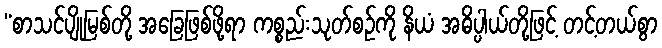
“စာသင်ပျိုမြစ်တို့ အခြေဖြစ်ဖို့ရာ ကစ္စည်းသုတ်စဉ်ကို နိယံ အဓိပ္ပါယ်တို့ဖြင့် တင့်တယ်စွာ